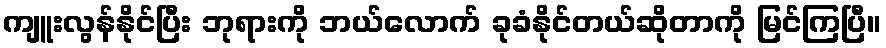
ကျူးလွန်နိုင်ပြီး ဘုရားကို ဘယ်လောက် ခုခံနိုင်တယ်ဆိုတာကို မြင်ကြပြီ။